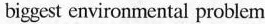
biggest environmental problem